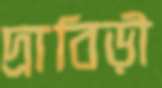
দ্রাবিড়ী